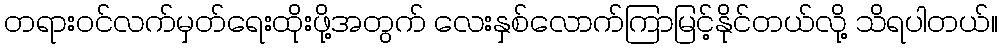
တရားဝင်လက်မှတ်ရေးထိုးဖို့အတွက် လေးနှစ်လောက်ကြာမြင့်နိုင်တယ်လို့ သိရပါတယ်။